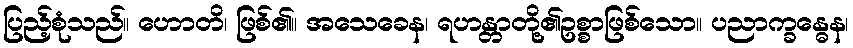
ပြည့်စုံသည်။ ဟောတိ၊ ဖြစ်၏။ အသေခေန၊ ရဟန္တာတို့၏ဥစ္စာဖြစ်သော။ ပညာက္ခန္ဓေန၊